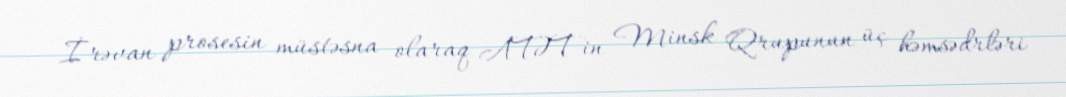
İrəvan prosesin müstəsna olaraq ATƏT-in Minsk Qrupunun üç həmsədrləri